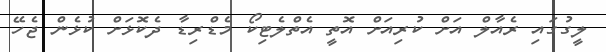
ލީގުގައި ރެއާލް އަށް ކުރިއަށް އޮތީ އެތްލެޓިކޯ މެޑްރިޑާ ދެކޮޅަށް ކުޅެން ޖެހޭ